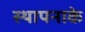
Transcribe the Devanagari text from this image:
स्थापनाके